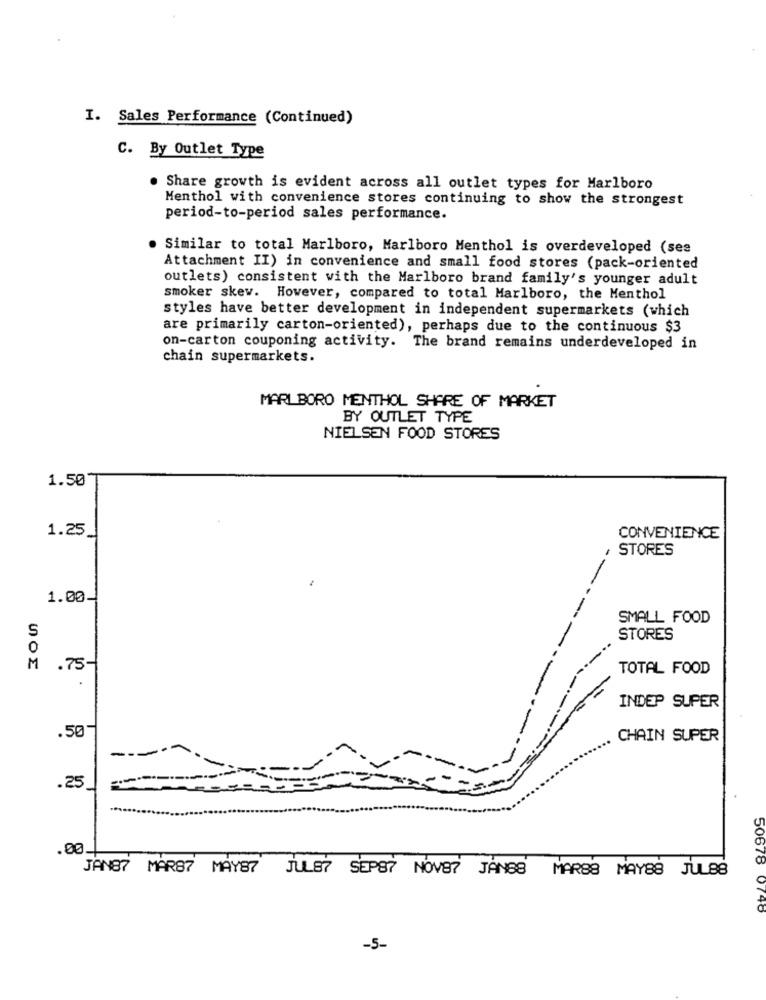
I. Sales Performance (Continued)
C. By Outlet Type
. Share growth is evident across all outlet types for Marlboro
Menthol with convenience stores continuing to show the strongest
period-to-period sales performance.
. Similar to total Marlboro, Marlboro Menthol is overdeveloped (ses
Attachment II) in convenience and small food stores (pack-oriented
outlets) consistent with the Marlboro brand family's younger adult
smoker skew. However, compared to total Marlboro, the Menthol
styles have better development in independent supermarkets (which
are primarily carton-oriented), perhaps due to the continuous $3
on-carton couponing activity. The brand remains underdeveloped in
chain supermarkets.
MARLBORO MENTHOL SHARE OF MARKET
BY OUTLET TYPE
NIELSEN FOOD STORES
1.50
1.25
CONVENIENCE
STORES
1.00
SMALL FOOD
S
STORES
O
M
.75-
TOTAL FOOD
INDEP SUPER
.50
CHAIN SUPER
----
.25
.00.
JAN87 MAR87 MAY87 JULE? SEPSY NOVE? JANB8 MARS8 MAY88 JULBB
50678 0748
-5-